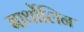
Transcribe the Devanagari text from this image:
बार्थोलिन